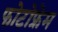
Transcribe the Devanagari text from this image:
फोटोफ्रेम